Vital statistics of India. Vol. VI, European troops 1870-79
Year: 1870
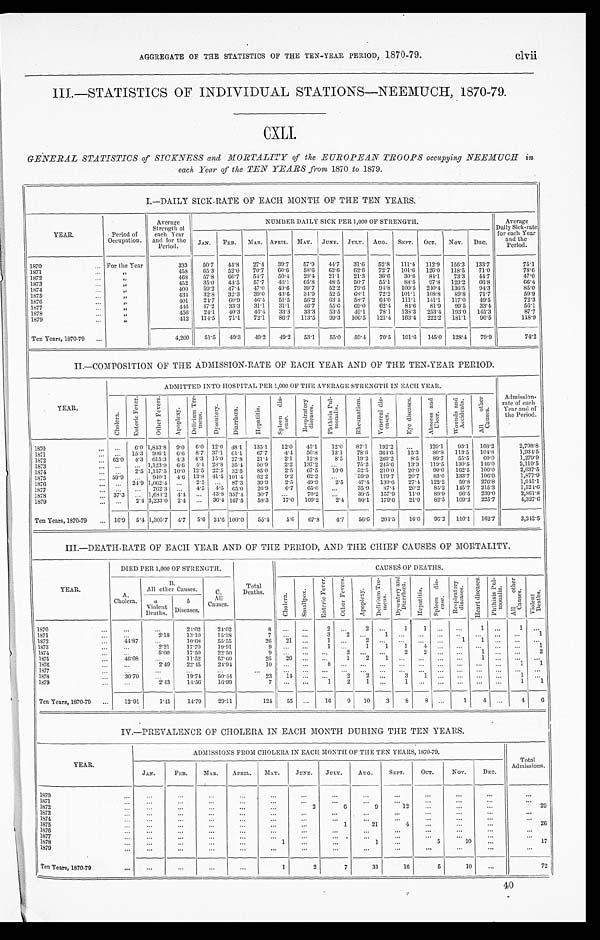
AGGREGATE OF THE STATISTICS OF THE TEN-YEAR PERIOD, 1870-79.
III.-STATISTICS OF INDIVIDUAL STATIONS-NEEMUCH, 1870-79.
CXLI.
GENERAL STATISTICS of SICKNESS and MORTALITY of the EUROPEAN TROOPS occupying NEEMUCH in
each Year of the TEN YEARS from 1870 to 1879.
1.—DAILY SICK-RATE OF EACH MONTH OF THE TEN YEARS.
YEAR.
Period of
Occupation.
Average
Strength of
each Year
and for the
Period.
NUMBER DAI LY SI CK PER 1, 000 OF STRENGTH.
Average
Daily Sick-rate
for each Year
and the
Period.
JAN. FEB. MAR. APRIL. MAY. JUNE. JULY. AUG. SEPT. OCT. Nov. DEC.
1870
For the Year
333 50.7 44.8 27.4 39.7 57.9 44. 7 31.6 52.8 111.4 112.9 156.3 133.7
75.1
1871
„
458 65.3 52. 0 70.7 60.6 58.6 62.6 62.6 72.7 101.6 126.0 118.5 71.0
786
1872
„
468 57.8 66.7 54.7 50.4 29.4 21.1 21.3 36. 30.6 84.1 73.3 44. 7
47.0
1873
„
452 35.0 44.5 57.7 46.1 65.8 48. 5 50. 55.1 88.5 97.8 129.2 66. 8
66.4
1 8 7 4
„
400 59.2 47.4 47.0 49.6 39.7 52. 2 79.6 94.8 100.5 240.4 136.5 94. 3
85.0
1875
„
43.4 32.8 32.3 39.0 43.6 34.9 52. 5 68.1 72.2 101.1 108.8 89.8 71.7
59.9
1876
„
401 24.7 60.9 46.4 51.5 56.2 63. 4 58.7
6 4 . 0 111.1 141.1 117.0 49. 5
72.3
1877
„
446 47.2 33.3 31.1 31.1 46.7 55. 6 69.0 62.4 84.6 81.9 99.5 33.4
56.1
1878
„
456 24.1 40.3 40.4 33.3 33.3 53. 5 49.1 78.1 138.3 253.4 193.0 145.3
87.7
1879
„
412 114.5 71.1 72.1 86.7 113.5 99.3 106.5 121.4 163.4 222.2 181.1 96. 5
118.9
Ten Years, 1870-79
4,260 51.5 49.3 49.2 49.2 53.1 55. 0 59.4 70.5 101.6 145.0 128.4 79.9
74.2
II.—COMPOSITION OF THE ADMISSION-RATE OF EACH YEAR AND OF THE TEN-YEAR PERIOD.
YEAR
ADMITTED INTO HOSPITAL PER 1,000 OF THE AVERAGE STRENGTH IN EACH YEAR.
Admission-
rate of each
Year and of
the Period .
C h o l e r a .
E n t e r i c F e v e r .
O t h e r F e v e r s .
Ap o p l e x y .
D e l i r i u m T r e -
m e n s . D y s e n t e r y .
D i a r r h œ a . S p l e e n d i s -
e a s e .
R e s p i r a t o r y d i s e a s e s .
P h t h i s i s P u l -
m o n a l i s . R h e u m a t i s m .
V e n e r a l d i s -
e a s e s . E y e d i s e a s e s .
A b s c e s a n d U l c e r .
W o u n d s a n d A c c i d e n t s .
A l l o t h e r C a u s e s .
1870
6.0 1,843.8 9.0 6.0 12.0 48.1 135.1 12. 0 45.1 12.0 87.1 192
129.1 93.1 168.2
2, 798. 8
1871
15.3 906.1 6.6 8.7 37.1 61.1
67. 7 4. 4 56.8 13.1 78.6 364.6 15.3 80.8 113.5 104.8
1, 934. 5
1872
620 4.3 615.3 4.3 4.3 15.0 27.8 21.4 2. 1 12.8 8.5 19.2 269.2 8.5 89.7 55.5 60.0
1, 279. 9
1873
1,123.9 6.6
4 . 4 28.8 35.4 50.9 2. 2 137.2
75.2 245.6 13.3 119.5 130.5 146.0
2,119.5
1874
2.5 1,157.5 10.0 12.5 22.5 32.5 85.0 2. 5 67.5 10.0
20.0
1875
50.9
940.1 4.6 13.8 41.5 101.4
62. 2 9.2 62.2
59.9 179.7 20.7 83.0 133' 7 1010
1,8779
1876
24.9 1,062.4
2.5
87.3 39.9 2.5 49.9 2.5 47.4 139.1 27.4 122.2 59. 8 276.8
1, 945. 1
1877
762.3
4.5
65.0 26.9 6. 7 65.0
35.9 87.4 20.2 85.2 145.7 215.3
1, 524. 6
1878
37.3
1,684.2 4.4
43. 8 357.4 30.7
70.2
39.5 157.9 11.0 89.96.5 239.0
2,861.8
1879
2.4 3,233.0 2.4
36.4 167.5 58.3 17. 0 109.2 2.4 80.1 179.6 21.9 82.5 109.2 225.7
4, 327. 6
Ten Years, 1870-79
16.9 5.4 1,305.7 4.7 5.6 24.6 100.0 55.4 5. 6 67.8 4.7 56.6 204.5 16.0 96.2 110' 1 112' 7
2, 212. 5
III.—DEATH-RATE OF EACH YEAR AND OF THE PERIOD, AND THE CHIEF CAUSES OF MORTALITY.
YEAR.
DIED PER 1,000 OF STRENGTH.
Total
Deaths.
CAUSES OF DEATHS.
A.
Cholera.
B.
All other Causes.
C.
All
Causes.
C h o l e r a . S m a l l p o x .
E n t e r i c F e v e r . O t h e r F e v e r s .
A p o p l e x y .
D e l i r i u m T r e -
m e n s . D y s e n t e r y a n d D i a r r h œ a .
H e p a t i t i s .
S p l e e n d i s -
eas e. R e s p i r a t o r y d i s e a s e s . H e a r t d i s e a s e s . P h y t h i s i s P u l - m o n a l i s . A l l t o h e r C a u s e s .
V i o l e n t D e a t h s .
a
Violent
Deaths.
b
Diseases.
1870
24.02 24.02
8
2
2
1 1
1
1
1871
2.18 13.10 15.28
7
3 2
1
1
1872
4 4 . 8 7
10.68 55.55
26 21
1
1873
2.21 17.70 19.91
9
1
1 1 1
1
1874
5.00 17.50 22.50
9
2
2 2
1
2
1875
46.08
11.52 57.60
25 20
1 2
1
1
1876
2.49 22.45 24.94
1 0
8
1 1
1878
30.70
19.74 50.41
2 3
1 4
2 2
3
1
1 1
1879
2.43 14.56 16.99
7
1 2 1
1
1 1
Ten Years, 1870-79
12.91
1.41 14.79 20.11
124
5 5
16 9 10 3 8 8
1
4
4 6
IV.—PREVALENCE OF CHOLERA IN EACH MONTH DURING THE TEN YEARS.
YEAR.
ADMISSIONS PROM CHOLERA IN EACH MONTH OF THE TEN YEARS, 1870-79.
Total
Admissions.
JAN.
FEB. MAR.
APRIL. MAY. JUNE. JULY. AUG. SEPT. OCT. NOV.
DEC.
1870 1871 1872
2
6
9
1 2
2 0
1873 1874 1875
1
21
4
2 6
1876
1877
..
1878
1
1
5
10
17
1879
Ten Years, 1870-79
—
1
2
7
31
16
5
10
72
clvii
40